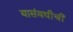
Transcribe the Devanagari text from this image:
यासंबधीची